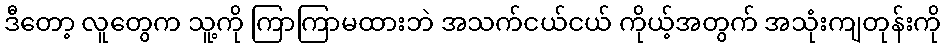
ဒီတော့ လူတွေက သူ့ကို ကြာကြာမထားဘဲ အသက်ငယ်ငယ် ကိုယ့်အတွက် အသုံးကျတုန်းကို